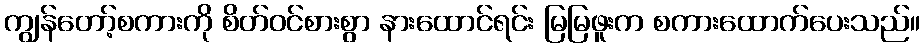
ကျွန်တော့်စကားကို စိတ်ဝင်စားစွာ နားထောင်ရင်း မြမြဖူးက စကားထောက်ပေးသည်။